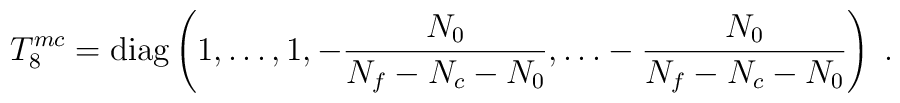
T_8^{mc} = \mbox{diag} \left(1,\dots,1, -\frac{N_0}{N_f - N_c - N_0},    \dots -\frac{N_0}{N_f - N_c - N_0} \right)\;.